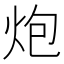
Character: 炮